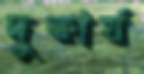
দুষ্কার্য